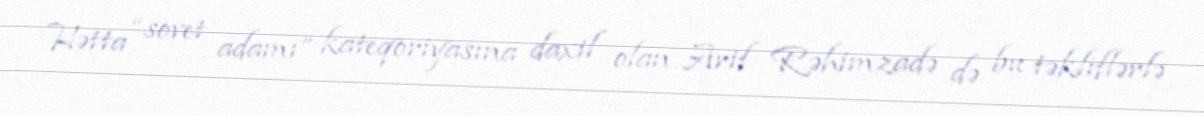
Hətta “sovet adamı” kateqoriyasına daxil olan Arif Rəhimzadə də bu təkliflərlə